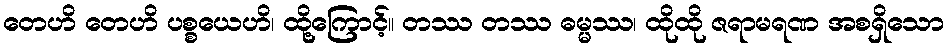
တေဟိ တေဟိ ပစ္စယေဟိ၊ ထို့ကြောင့်။ တဿ တဿ ဓမ္မဿ၊ ထိုထို ဇရာမရဏ အစရှိသော